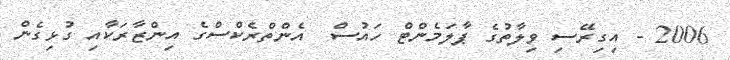
2006 - އިގިރޭސި ވިލާތުގެ ޕާލަމެންޓް ހައުސް  އެންތްރެކްސްގެ އިންޒާރަކާއި ގުޅިގެން